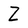
Character: Z